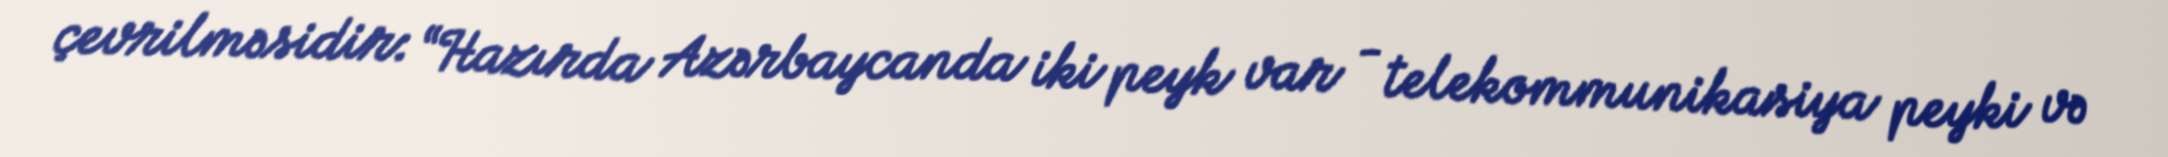
çevrilməsidir: “Hazırda Azərbaycanda iki peyk var - telekommunikasiya peyki və